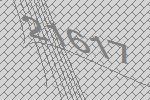
21617